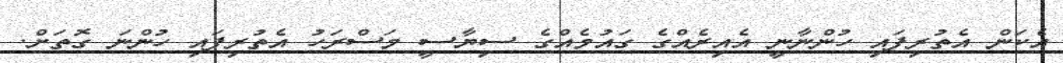
އެކަން އެތުރިފައި ހުންނާނީ އެއިރެއްގެ ގައުމެއްގެ ސިޔާސީ މަސްރަހު އެތުރިފައި ހުންނަ ގޮތަށް.